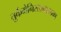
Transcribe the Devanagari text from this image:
तुर्कमेनिस्तानाइतका